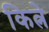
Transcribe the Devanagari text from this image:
कित्ने